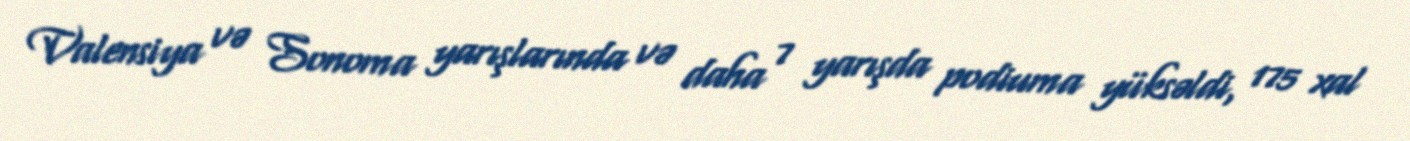
Valensiya və Sonoma yarışlarında və daha 7 yarışda podiuma yüksəldi, 175 xal